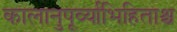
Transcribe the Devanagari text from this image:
कालानुपूर्व्याभिहिताश्च